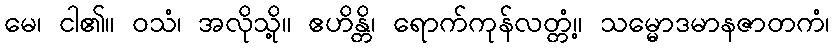
မေ၊ ငါ၏။ ဝသံ၊ အလိုသို့။ ဧဟိန္တိ၊ ရောက်ကုန်လတ္တံ့။ သမ္မောဒမာနဇာတကံ၊